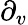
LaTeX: \partial_{v}